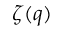
\zeta ( q )